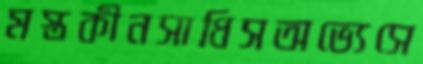
মস্তকীনসাধিসঅভ্যেসে